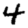
Digit: 4